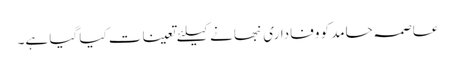
عاصمہ حامد کو وفاداری نبھانے کیلئے تعینات کیا گیا ہے۔